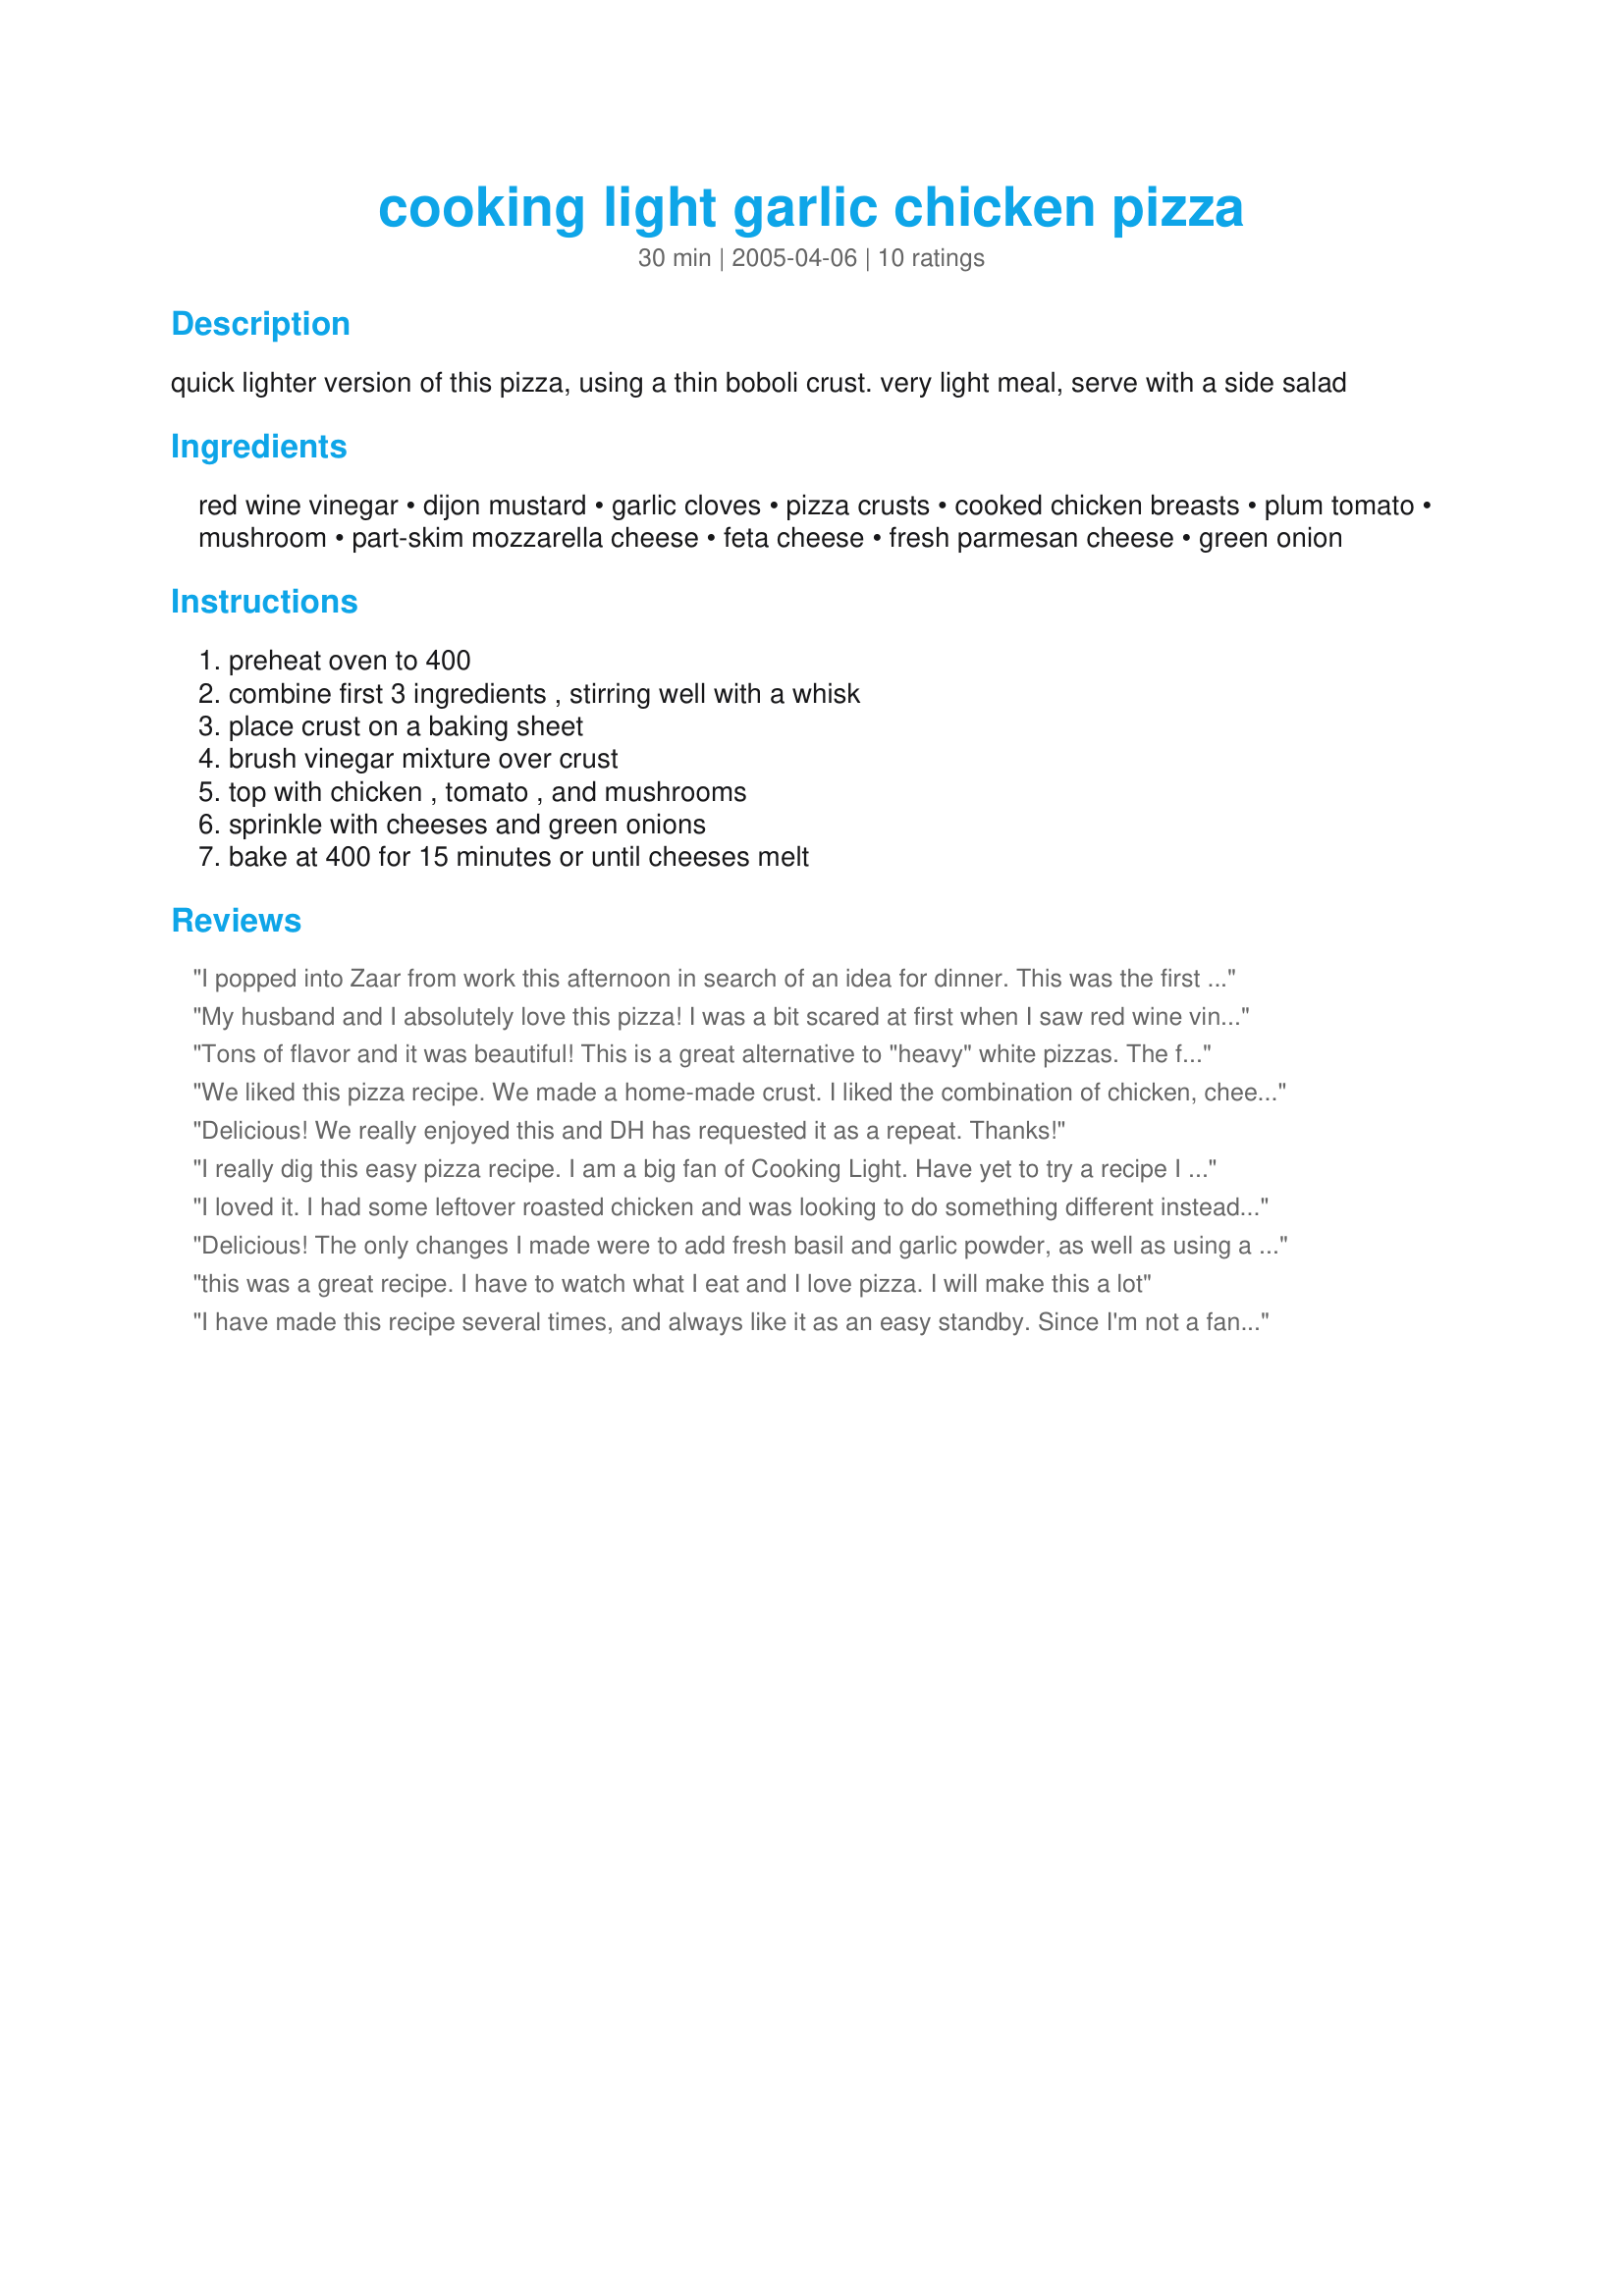
cooking light garlic chicken pizza
Preparation time: 30 minutes

quick lighter version of this pizza, using a thin boboli crust. very light meal, serve with a side salad

Ingredients:
red wine vinegar, dijon mustard, garlic cloves, pizza crusts, cooked chicken breasts, plum tomato, mushroom, part-skim mozzarella cheese, feta cheese, fresh parmesan cheese, green onion

Steps:
preheat oven to 400, combine first 3 ingredients , stirring well with a whisk, place crust on a baking sheet, brush vinegar mixture over crust, top with chicken , tomato , and mushrooms, sprinkle with cheeses and green onions, bake at 400 for 15 minutes or until cheeses melt

Reviews:
I popped into Zaar from work this afternoon in search of an idea for dinner. This was the first recipe posted today. I checked it out, had everything on hand and decided to give it a try. I am very glad that I did. I had a plain thin pizza crust on hand, but kept all other ingredients as stated. My chicken was grilled with a steak seasoning and the bit of omph was a great addition to the other flavors of this pizza. I loved the tanginess of the vinegar/mustard/garlic sauce. This was a unique pizza that would please almost anyone. I can't wait to make it again. Thanks for posting. :)
My husband and I absolutely love this pizza! I was a bit scared at first when I saw red wine vinegar as an ingredient, but all the flavors really come together when baked and make for an absolutely delicious and healthier-than-average pizza. For an added fiber kick, this pizza works really well with the Whole Wheat Boboli pizza crust rather than the white flour variety.
Tons of flavor and it was beautiful! This is a great alternative to "heavy" white pizzas. The feta really adds a great kick. I added too many diced fresh mushrooms and it got a little watery. I would certainly make this again.
We liked this pizza recipe. We made a home-made crust. I liked the combination of chicken, cheeses, garlic, shrooms and tomatoes. DH did not love the red wine vinegar/mustard combination. He just thought it was ok. This was a very easy to put together recipe and much healthier than a store bought pizza. Thanks!
Delicious! We really enjoyed this and DH has requested it as a repeat. Thanks!
I really dig this easy pizza recipe. I am a big fan of Cooking Light. Have yet to try a recipe I do not love.
Thanks!
I loved it. I had some leftover roasted chicken and was looking to do something different instead of chicken soup or salad. This fit the bill perfectly. I made a few substitutions based on what I had on hand. Instead of the first three ingredients I used a vinaigrette that I made for a salad earlier that day Recipe #254171. Instead of Boboli crust I used a burrito size tortilla that I sprinkled with some pizza seasoning, and I also didn't have feta cheese so I just skipped that all together. Thank you.
Delicious! The only changes I made were to add fresh basil and garlic powder, as well as using a regular crust instead of a thin crust. Lastly I brushed red wine vinegar, olive oil, grated parmesan cheese, garlic salt and parsley onto the crust prior to cooking. Everything turned out beautifully, thanks for a great recipe.
this was a great recipe. I have to watch what I eat and I love pizza. I will make this a lot
I have made this recipe several times, and always like it as an easy standby. Since I'm not a fan of Boboli, I use Mamma Mary's crusts instead. The combo of dijon & vinegar give the "sauce" a zip and bit of a tartness that is perfect.
